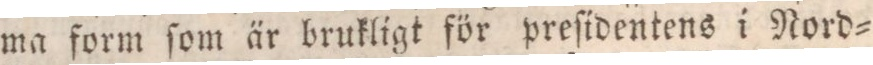
ma form ſom är brukligt för preſidentens i Nord=